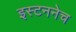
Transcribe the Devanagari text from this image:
इस्टननेच